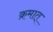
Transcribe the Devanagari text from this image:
क्रमात्